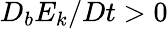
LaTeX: D_{b}E_{k}/Dt>0